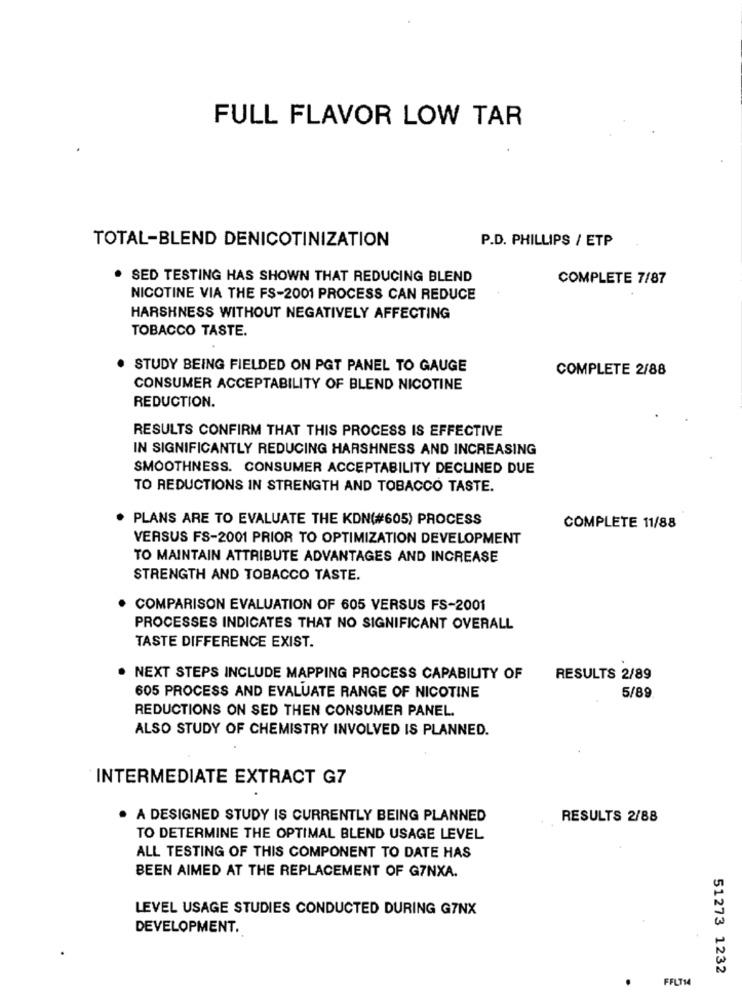
FULL FLAVOR LOW TAR
TOTAL-BLEND DENICOTINIZATION
P.D. PHILLIPS / ETP
. SED TESTING HAS SHOWN THAT REDUCING BLEND
COMPLETE 7/87
NICOTINE VIA THE FS-2001 PROCESS CAN REDUCE
HARSHNESS WITHOUT NEGATIVELY AFFECTING
TOBACCO TASTE.
STUDY BEING FIELDED ON PGT PANEL TO GAUGE
COMPLETE 2/88
CONSUMER ACCEPTABILITY OF BLEND NICOTINE
REDUCTION.
RESULTS CONFIRM THAT THIS PROCESS IS EFFECTIVE
IN SIGNIFICANTLY REDUCING HARSHNESS AND INCREASING
SMOOTHNESS. CONSUMER ACCEPTABILITY DECLINED DUE
TO REDUCTIONS IN STRENGTH AND TOBACCO TASTE.
PLANS ARE TO EVALUATE THE KDN(#605) PROCESS
COMPLETE 11/88
VERSUS FS-2001 PRIOR TO OPTIMIZATION DEVELOPMENT
TO MAINTAIN ATTRIBUTE ADVANTAGES AND INCREASE
STRENGTH AND TOBACCO TASTE.
COMPARISON EVALUATION OF 605 VERSUS FS-2001
PROCESSES INDICATES THAT NO SIGNIFICANT OVERALL
TASTE DIFFERENCE EXIST.
NEXT STEPS INCLUDE MAPPING PROCESS CAPABILITY OF
RESULTS 2/89
605 PROCESS AND EVALUATE RANGE OF NICOTINE
5/89
REDUCTIONS ON SED THEN CONSUMER PANEL.
ALSO STUDY OF CHEMISTRY INVOLVED IS PLANNED.
INTERMEDIATE EXTRACT G7
A DESIGNED STUDY IS CURRENTLY BEING PLANNED
RESULTS 2/88
TO DETERMINE THE OPTIMAL BLEND USAGE LEVEL
ALL TESTING OF THIS COMPONENT TO DATE HAS
BEEN AIMED AT THE REPLACEMENT OF G7NXA.
LEVEL USAGE STUDIES CONDUCTED DURING G7NX
DEVELOPMENT.
51273 1232
FFLT14